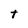
Character: t